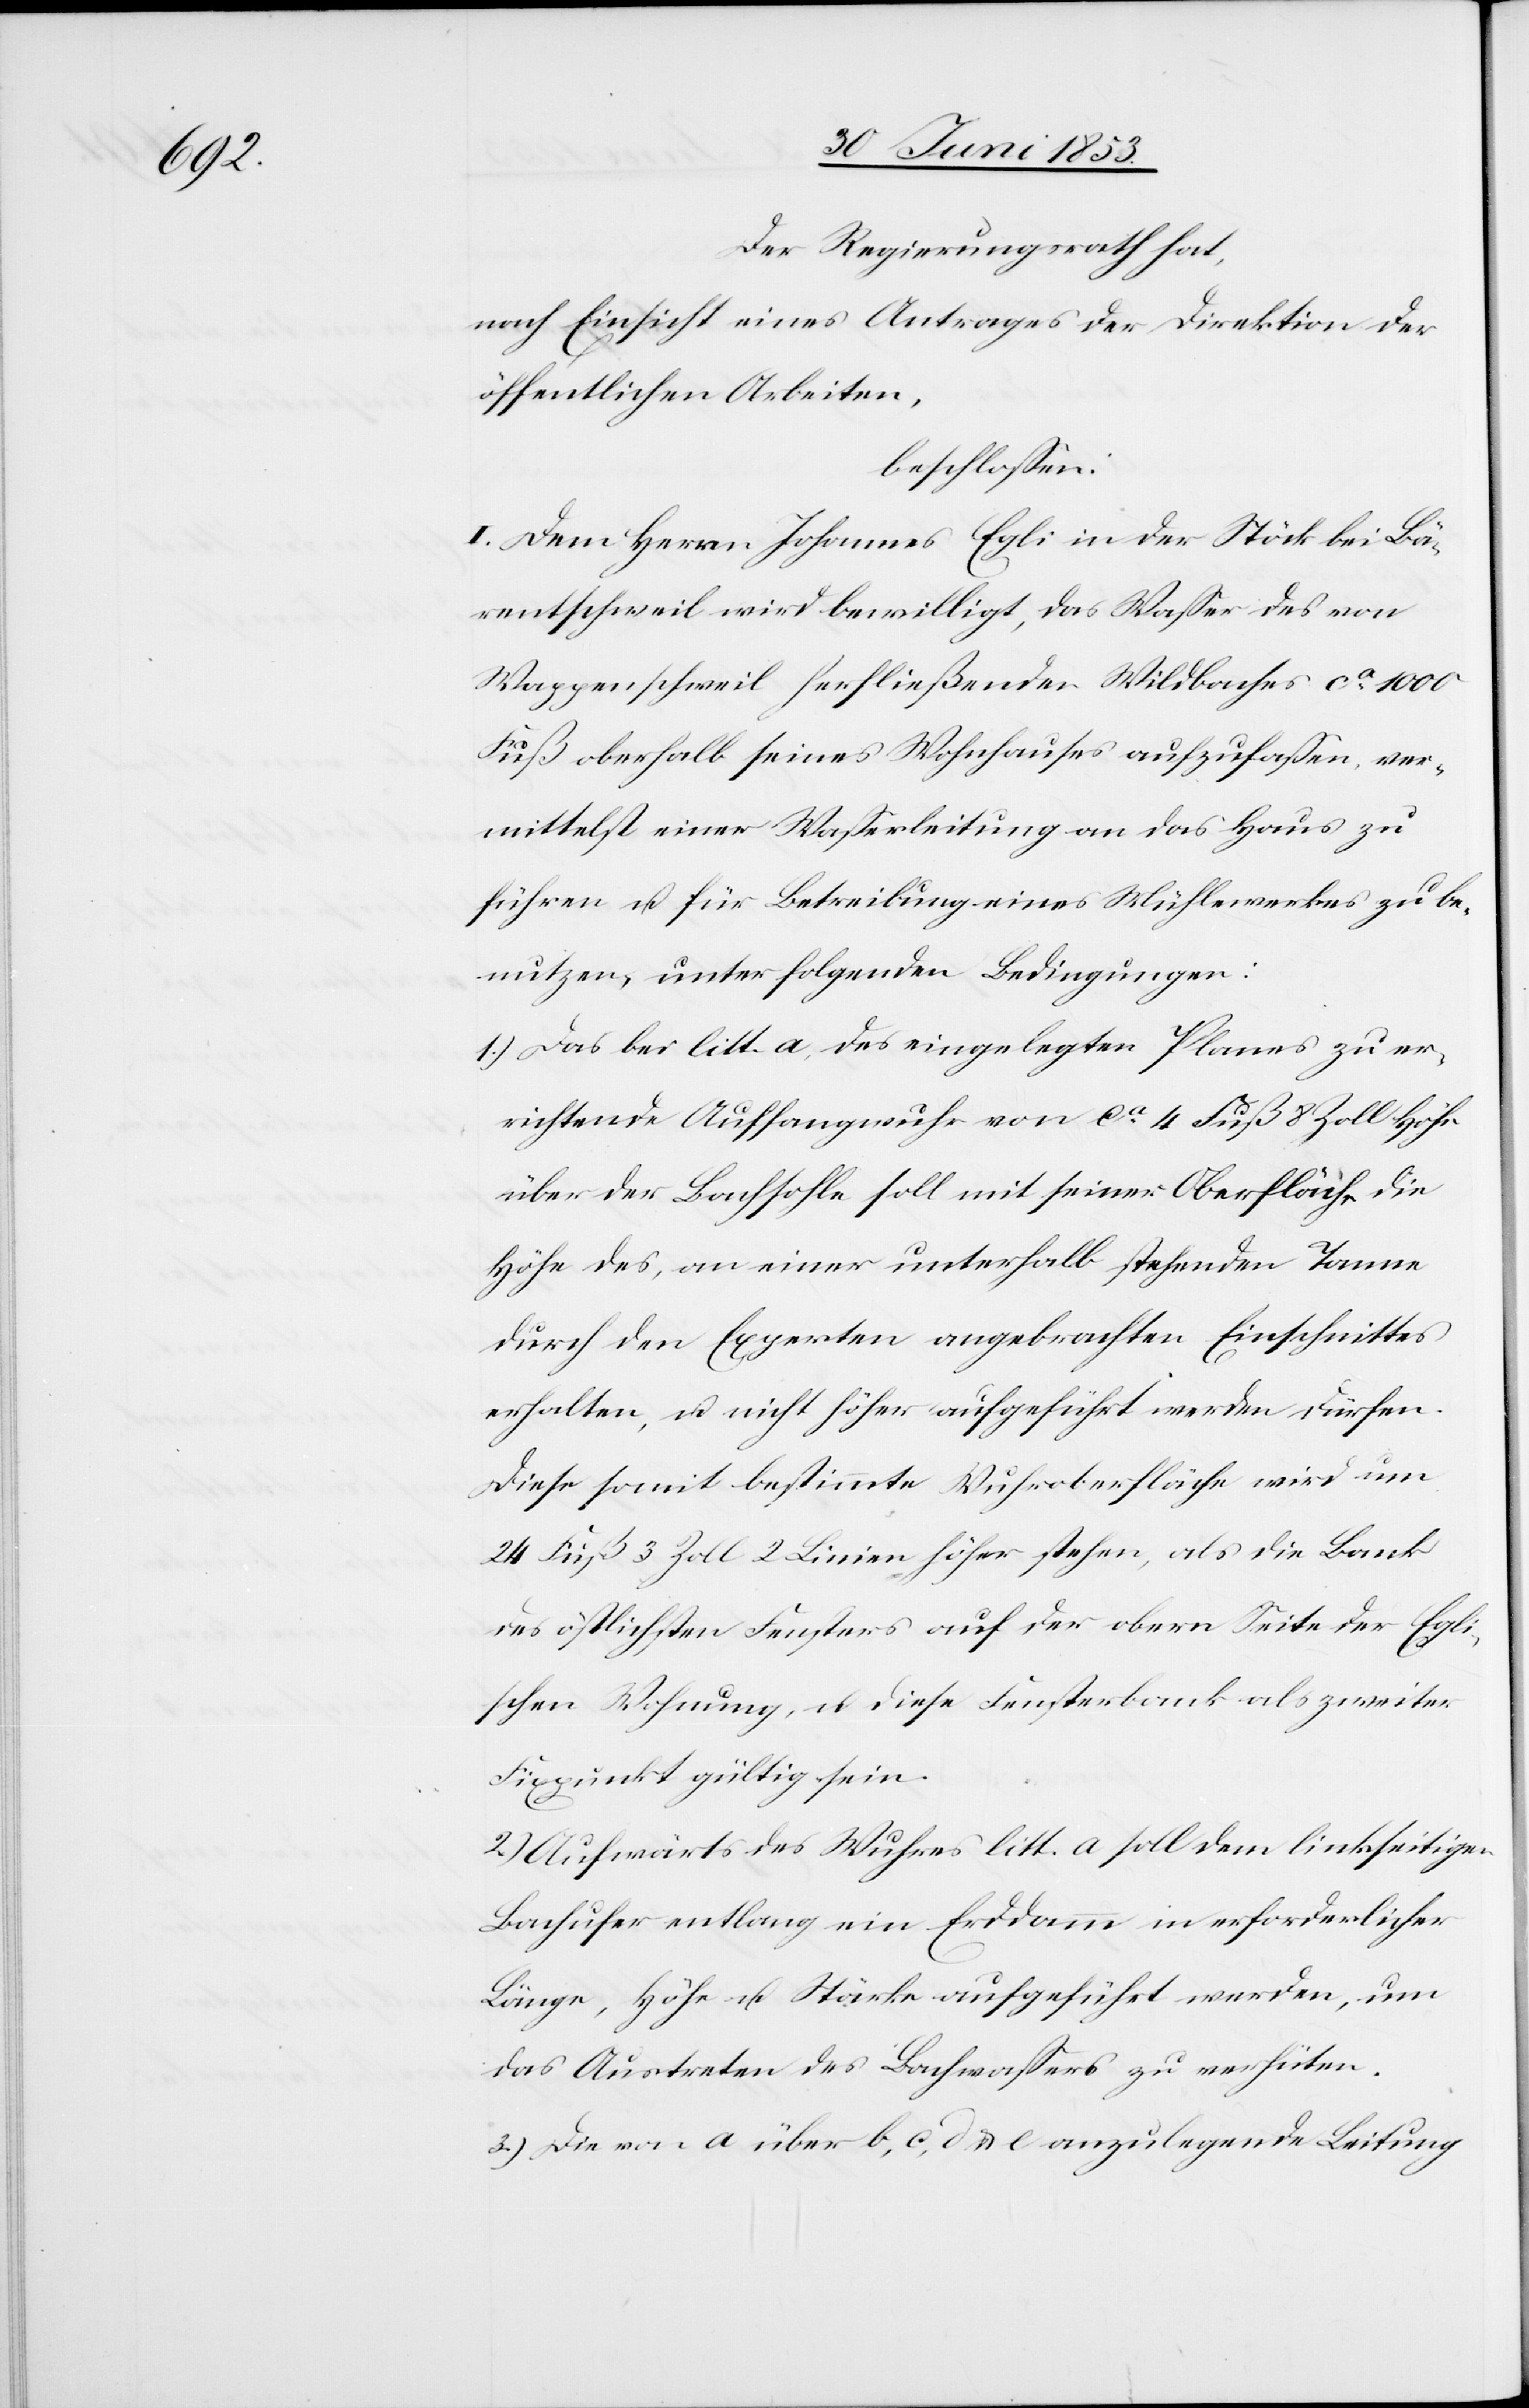
Der Regierungsrath hat,
nach Einsicht eines Antrages der Direktion der
öffentlichen Arbeiten,
beschloßen:
I. Dem Herrn Johannes Egli in der Stöck bei Bä¬
rentschweil wird bewilligt, das Waßer des von
Wappenschweil herfließenden Wildbaches ca 1000
Fuß oberhalb eines Wohnhauses aufzufaßen, ver¬
mittelst einer Waßerleitung an das Haus zu
führen u. für Betreibung eines Mühlewerkes zu be¬
nutzen, unter folgenden Bedingungen:
1.) Das bei litt. a, des eingelegten Planes zu er¬
richtende Auffangwuhr von ca 4 Fuß 8 Zoll Höhe
über der Bausohle soll mit seiner Oberfläche die
Höhe des, an einer unterhalb stehenden Tanne
durch den Experten angebrachten Einschnittes
erhalten, u. nicht höher aufgeführt werden dürfen.
Diese somit bestimmte Wuhroberfläche wird um
24 Fuß 3 Zoll 2 Linien höher stehen, als die Bank
des östlichsten Fensters auf der obern Seite der Egli¬
schen Wohnung, u. diese Fensterbank als zweiter
Fixpunkt gültig sein.
2.) Aufwärts des Wuhres litt. a soll dem linkseitigen
Bachufer entlang ein Erddamm in erforderlicher
Länge, Höhe u. Stärke aufgeführt werden, um
das Austreten des Bachwaßers zu verhüten.
3.) Die von a über b, c, d u. e anzulegende Leitung